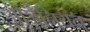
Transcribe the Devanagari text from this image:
ओज़ैनियन